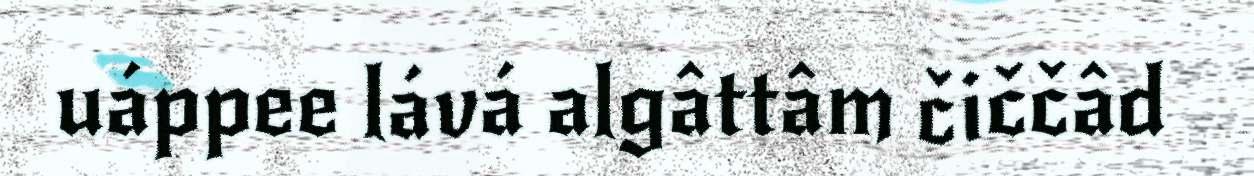
uáppee lává algâttâm čiččâd